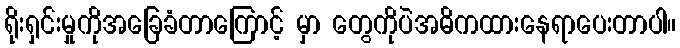
ရိုးရှင်းမှုကိုအခြေခံတာကြောင့် မှာ တွေကိုပဲအဓိကထားနေရာပေးတာပါ။